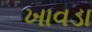
ખાવડા